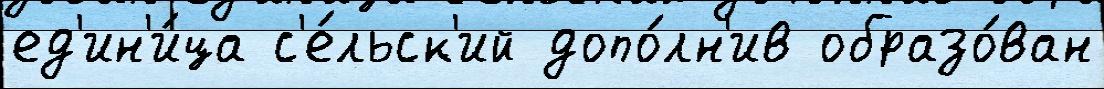
ед'ин'и́ца с'е́льск'ий допо́лн'ив образо́ван